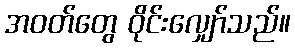
အဝတ်တွေ ဝိုင်းလျှော်သည်။